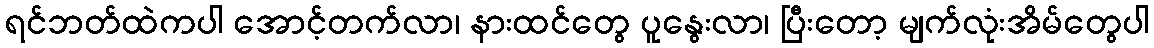
ရင်ဘတ်ထဲကပါ အောင့်တက်လာ၊ နားထင်တွေ ပူနွေးလာ၊ ပြီးတော့ မျက်လုံးအိမ်တွေပါ